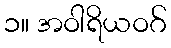
၁။ အဝါရိယဝဂ်